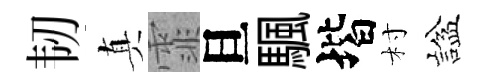
韧真霏旦颿堦村諡